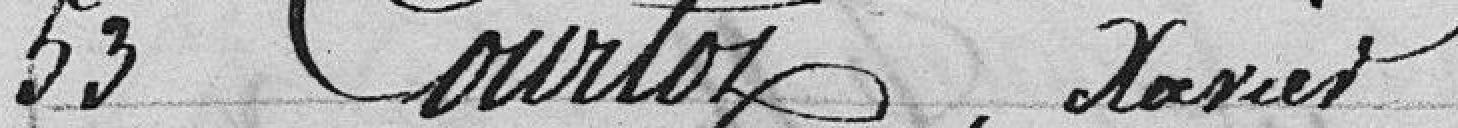
53 Courtot, Xavier